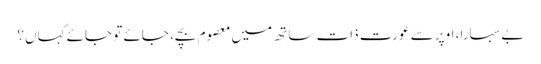
بے سہارا، اوپر سے عورت ذات ساتھ میں معصوم بچے، جائے تو جائے کہاں؟